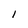
Character: 1